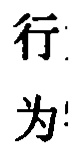
行 为!